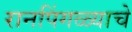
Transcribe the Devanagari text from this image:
रानपिंगळ्याचे